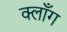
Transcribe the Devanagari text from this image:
क्लाँग